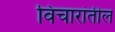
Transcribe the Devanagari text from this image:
विचारांतील